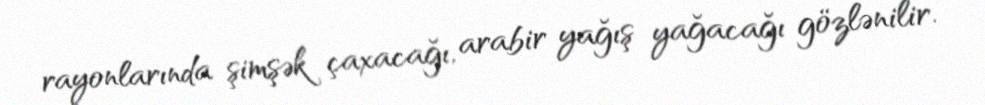
rayonlarında şimşək çaxacağı, arabir yağış yağacağı gözlənilir.